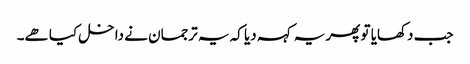
جب دکھایا تو پھر یہ کہہ دیا کہ یہ ترجمان نے داخل کیا ھے۔